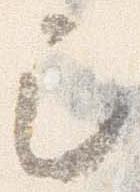
巳